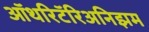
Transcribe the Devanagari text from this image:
ऑथरिटॅरिअनिझम